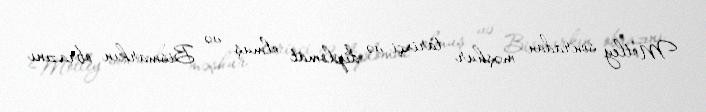
Motley sonradan məşhur tarixçi və diplomat olmuş və Bismarkın obrazını